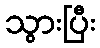
သွားပြီး